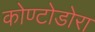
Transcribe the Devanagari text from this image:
कोण्टोडोरा